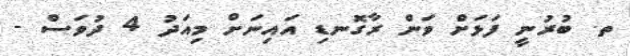
ތ. ބުރުނީ ފަޅަށް ވަން ރާގޮނޑި އައިނަށް މިއަދު 4 ދުވަސް -